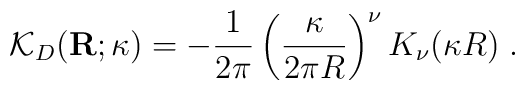
{\mathcal K}_{{D}}({\bf  R};\kappa) =- \frac{1}{2 \pi}\left( \frac{\kappa}{2\pi R}\right)^{\nu}K_{\nu}(\kappa R)\;  .